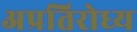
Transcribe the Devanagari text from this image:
अप्रतिरोध्य